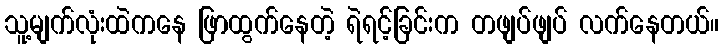
သူ့မျက်လုံးထဲကနေ ဖြာထွက်နေတဲ့ ရဲရင့်ခြင်းက တဖျပ်ဖျပ် လက်နေတယ်။